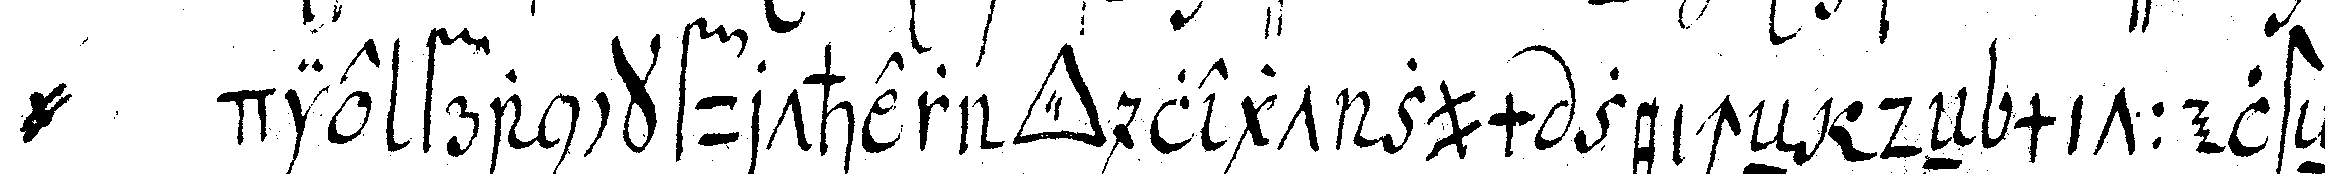
@ die franckfurther *tri..* legt zum zeicheN deN mittelsteN